Vaccination in Bombay 1924-1928 - 1924-1928
Year: 1924
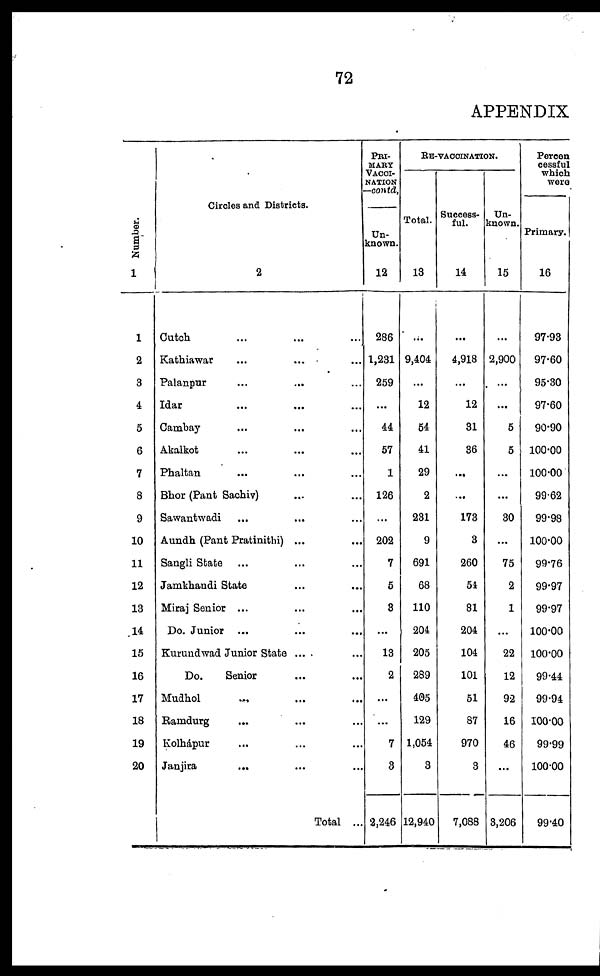
72
APPENDIX
Number.
1
1
2
3
4
5
6
7
8
9
10
11
12
13
14
15
16
17
18
19
20
Circles and Districts.
2
Cutch ... ... ...
Kathiawar ... ... ...
Palanpur ... ... ...
Idar ... ... ...
Cambay ... ... ...
Akalkot ... ... ...
Phaltan ... ... ...
Bhor (Pant Sachiv) ... ...
Sawantwadi ... ... ...
Aundh (Pant Pratinithi) ... ...
Sangli State ... ... ...
Jamkhandi State ... ... ...
Miraj Senior ... ... ...
Do. Junior
...
...
...
Kurundwad Junior State ... ...
Do.
Senior ... ... ...
Mudhol ... ... ...
Ramdurg ... ......
Kolhápur ... ... ...
Janjira
... ... ...
Total ...
PRI-
MARY
VACCI-
NATION
—contd.
Un-
known.
12
286
1,231
259
...
44
57
1
126
...
202
7
5
3
...
13
2
...
...
7
3
2,246
RE-VACCINATION.
Total.
13
...
9,404
...
12
54
41
29
2
231
9
691
68
110
204
205
289
405
129
1,054
3
12,940
Success-
ful.
14
...
4,918
...
12
31
36
...
...
173
3
260
54
81
204
104
101
51
87
970
3
7,088
Un-
known.
15
...
2,900
...
...
5
5
...
...
30
...
75
2
1
...
22
12
92
16
46
...
3,206
Percen
cessful
which
were
Primary.
16
97.93
97.60
95.30
97.60
90.90
100.00
100.00
99.62
99.98
100.00
99.76
99.97
99.97
100.00
100.00
99.44
99.94
100.00
99.99
100.00
99.40